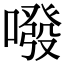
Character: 㗶